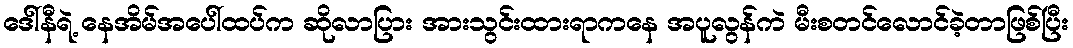
ဒေါ်နီရဲ့ နေအိမ်အပေါ်ထပ်က ဆိုလာပြား အားသွင်းထားရာကနေ အပူလွန်ကဲ မီးစတင်လောင်ခဲ့တာဖြစ်ပြီး